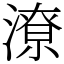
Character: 潦